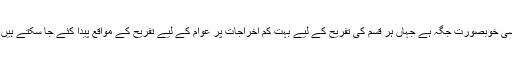
ہمارے منتخب لیڈران اگر اس طرف تھوڑی سی توجہ دیں تو چوآسیدن شاہ سے ملحقہ گندھالہ باغ ایسی خوبصورت جگہ ہے جہاں ہر قسم کی تفریح کے لیے بہت کم اخراجات پر عوام کے لیے تفریح کے مواقع پیدا کئے جا سکتے ہیں اور اس عوام کو ان ہندوؤں کے مندروں سے نکال کر اسلامی طرز کی تفریح مہیا کی جاسکتی ہے۔